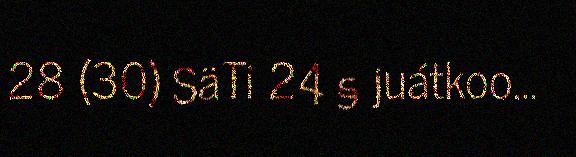
28 (30) SäTi 24 § juátkoo…